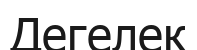
Дегелек